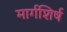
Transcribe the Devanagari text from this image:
मार्गशिर्ष